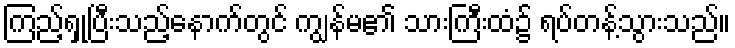
ကြည့်ရှုပြီးသည့်နောက်တွင် ကျွန်မ၏ သားကြီးထံ၌ ရပ်တန့်သွားသည်။